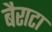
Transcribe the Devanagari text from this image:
बैराटा